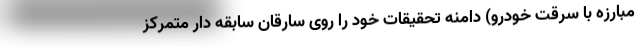
مبارزه با سرقت خودرو) دامنه تحقیقات خود را روی سارقان سابقه دار متمرکز